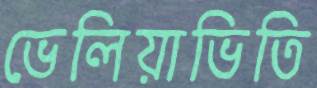
ভেলিয়াভিতি